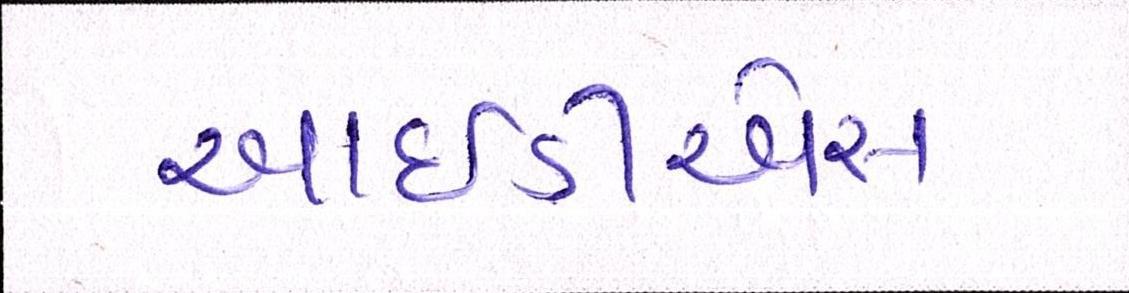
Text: આઇડીએસ